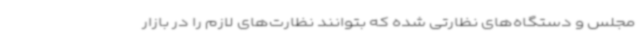
مجلس و دستگاه‌های نظارتی شده که بتوانند نظارت‌های لازم را در بازار